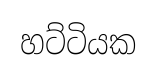
හට්ටියක